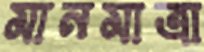
মানমাত্রা